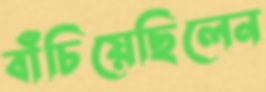
বাঁচিয়েছিলেন